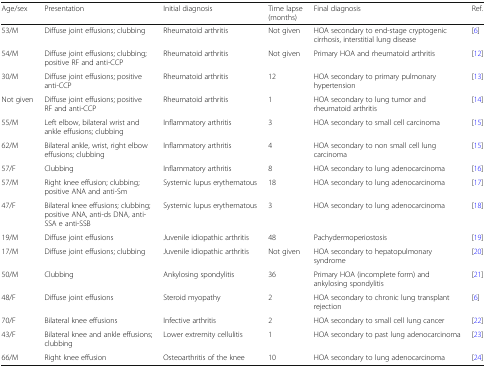
<table><thead><tr><td><b>Age/sex</b></td><td><b>Presentation</b></td><td><b>Initial diagnosis</b></td><td><b>Time lapse (months)</b></td><td><b>Final diagnosis</b></td><td><b>Ref.</b></td></tr></thead><tbody><tr><td>53/M</td><td>Diffuse joint effusions; clubbing</td><td>Rheumatoid arthritis</td><td>Not given</td><td>HOA secondary to end-stage cryptogenic cirrhosis, interstitial lung disease</td><td>[6]</td></tr><tr><td>54/M</td><td>Diffuse joint effusions; clubbing; positive RF and anti-CCP</td><td>Rheumatoid arthritis</td><td>Not given</td><td>Primary HOA and rheumatoid arthritis</td><td>[12]</td></tr><tr><td>30/M</td><td>Diffuse joint effusions; positive anti-CCP</td><td>Rheumatoid arthritis</td><td>12</td><td>HOA secondary to primary pulmonary hypertension</td><td>[13]</td></tr><tr><td>Not given</td><td>Diffuse joint effusions; positive RF and anti-CCP</td><td>Rheumatoid arthritis</td><td>1</td><td>HOA secondary to lung tumor and rheumatoid arthritis</td><td>[14]</td></tr><tr><td>55/M</td><td>Left elbow, bilateral wrist and ankle effusions; clubbing</td><td>Inflammatory arthritis</td><td>3</td><td>HOA secondary to small cell carcinoma</td><td>[15]</td></tr><tr><td>62/M</td><td>Bilateral ankle, wrist, right elbow effusions; clubbing</td><td>Inflammatory arthritis</td><td>4</td><td>HOA secondary to non small cell lung carcinoma</td><td>[15]</td></tr><tr><td>57/F</td><td>Clubbing</td><td>Inflammatory arthritis</td><td>8</td><td>HOA secondary to lung adenocarcinoma</td><td>[16]</td></tr><tr><td>57/M</td><td>Right knee effusion; clubbing; positive ANA and anti-Sm</td><td>Systemic lupus erythematous</td><td>18</td><td>HOA secondary to lung adenocarcinoma</td><td>[17]</td></tr><tr><td>47/F</td><td>Bilateral knee effusions; clubbing; positive ANA, anti-ds DNA, anti-SSA e anti-SSB</td><td>Systemic lupus erythematous</td><td>3</td><td>HOA secondary to lung adenocarcinoma</td><td>[18]</td></tr><tr><td>19/M</td><td>Diffuse joint effusions</td><td>Juvenile idiopathic arthritis</td><td>48</td><td>Pachydermoperiostosis</td><td>[19]</td></tr><tr><td>17/M</td><td>Diffuse joint effusions; clubbing</td><td>Juvenile idiopathic arthritis</td><td>Not given</td><td>HOA secondary to hepatopulmonary syndrome</td><td>[20]</td></tr><tr><td>50/M</td><td>Clubbing</td><td>Ankylosing spondylitis</td><td>36</td><td>Primary HOA (incomplete form) and ankylosing spondylitis</td><td>[21]</td></tr><tr><td>48/F</td><td>Diffuse joint effusions</td><td>Steroid myopathy</td><td>2</td><td>HOA secondary to chronic lung transplant rejection</td><td>[6]</td></tr><tr><td>70/F</td><td>Bilateral knee effusions</td><td>Infective arthritis</td><td>2</td><td>HOA secondary to small cell lung cancer</td><td>[22]</td></tr><tr><td>43/F</td><td>Bilateral knee and ankle effusions; clubbing</td><td>Lower extremity cellulitis</td><td>1</td><td>HOA secondary to past lung adenocarcinoma</td><td>[23]</td></tr><tr><td>66/M</td><td>Right knee effusion</td><td>Osteoarthritis of the knee</td><td>10</td><td>HOA secondary to lung adenocarcinoma</td><td>[24]</td></tr></tbody></table>